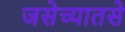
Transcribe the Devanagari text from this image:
जसेच्यातसे